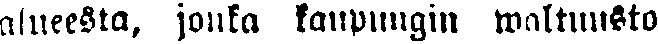
alueesta, jonka kaupungin waltuusto